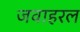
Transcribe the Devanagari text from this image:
जवाहरल